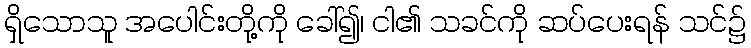
ရှိသောသူ အပေါင်းတို့ကို ခေါ်၍၊ ငါ၏ သခင်ကို ဆပ်ပေးရန် သင်၌